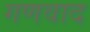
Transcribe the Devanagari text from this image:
गणवाद